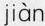
jiàn